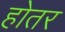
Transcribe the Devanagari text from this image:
होतर